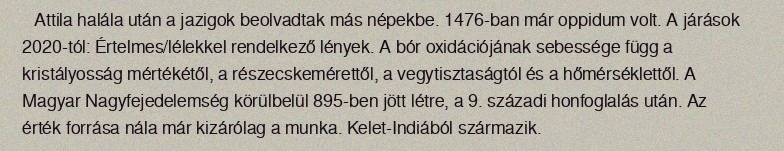
Attila halála után a jazigok beolvadtak más népekbe. 1476-ban már oppidum volt. A járások 2020-tól: Értelmes/lélekkel rendelkező lények. A bór oxidációjának sebessége függ a kristályosság mértékétől, a részecskemérettől, a vegytisztaságtól és a hőmérséklettől. A Magyar Nagyfejedelemség körülbelül 895-ben jött létre, a 9. századi honfoglalás után. Az érték forrása nála már kizárólag a munka. Kelet-Indiából származik.